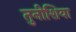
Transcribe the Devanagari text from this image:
तुनीशिया